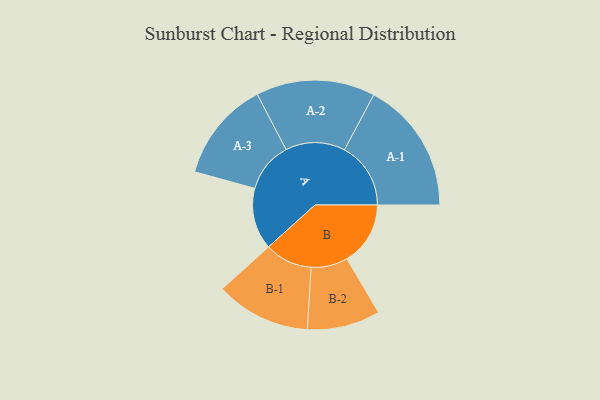
{"axis": {"x": "Segment", "y": "Value"}, "legend": ["", "A", "B"], "data": [{"x": "A", "y": 246, "type": ""}, {"x": "B", "y": 254, "type": ""}, {"x": "A-1", "y": 265, "type": "A"}, {"x": "A-2", "y": 238, "type": "A"}, {"x": "A-3", "y": 201, "type": "A"}, {"x": "B-1", "y": 190, "type": "B"}, {"x": "B-2", "y": 146, "type": "B"}]}